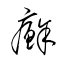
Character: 癬